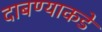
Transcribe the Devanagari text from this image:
दाबण्याकडे